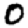
Digit: 0